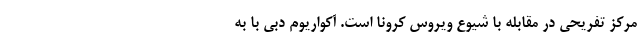
مرکز تفریحی در مقابله با شیوع ویروس کرونا است. آکواریوم دبی با به